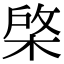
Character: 棨